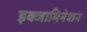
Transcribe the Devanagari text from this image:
इक्जामिनेशन